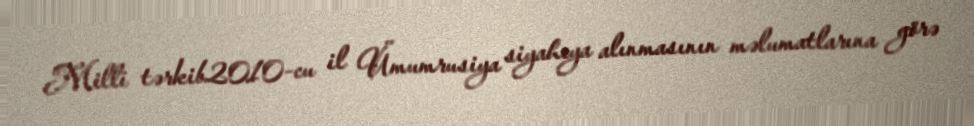
Milli tərkib2010-cu il Ümumrusiya siyahıya alınmasının məlumatlarına görə